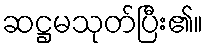
ဆဋ္ဌမသုတ်ပြီး၏။